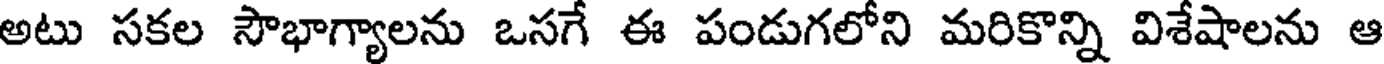
అటు సకల సౌభాగ్యాలను ఒసగే ఈ పండుగలోని మరికొన్ని విశేషాలను ఆ